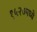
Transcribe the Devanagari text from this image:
१५२७मध्ये